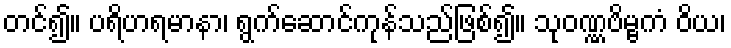
တင်၍။ ပရိဟရမာနာ၊ ရွက်ဆောင်ကုန်သည်ဖြစ်၍။ သုဝဏ္ဏဗိမ္ဗကံ ဝိယ၊